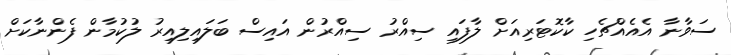
ސަވާނާ އެއެއްޗެހި ކާކޮޓަރިއަށް ލާފައި ސިއްރު ސިއްރުން އައިސް ބަލައިލިއިރު ލުކުމާން ފެންނާކަށް